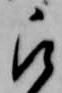
被